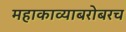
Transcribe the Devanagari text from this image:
महाकाव्याबरोबरच